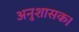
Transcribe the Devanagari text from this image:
अनुशासक।